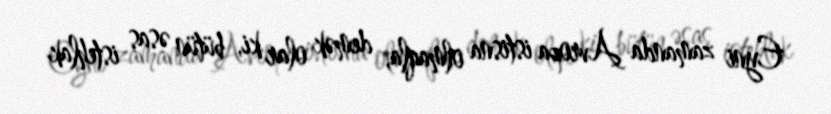
Eyni zamanda Avropa istisna olmaqla, demək olar ki, bütün əsas istehlak